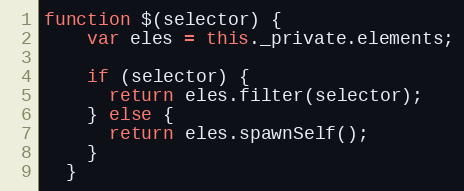
Language: JavaScript
function $(selector) {
    var eles = this._private.elements;

    if (selector) {
      return eles.filter(selector);
    } else {
      return eles.spawnSelf();
    }
  }